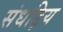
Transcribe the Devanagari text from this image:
संधड़िय